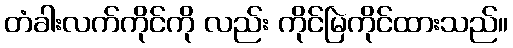
တံခါးလက်ကိုင်ကို လည်း ကိုင်မြဲကိုင်ထားသည်။